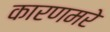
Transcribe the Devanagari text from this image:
कारणमरे